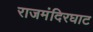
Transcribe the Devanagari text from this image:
राजमंदिरघाट